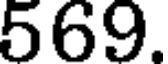
569.